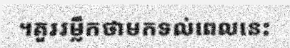
។គួររម្លឹកថាមកទល់ពេលនេះ